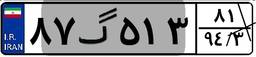
۸۷گ۵۱۳۸۱